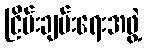
ငြိမ်းချမ်းရေးအဖွဲ့